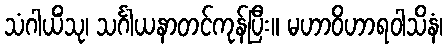
သံဂါယိံသု၊ သင်္ဂါယနာတင်ကုန်ပြီး။ မဟာဝိဟာရဝါသိနံ၊